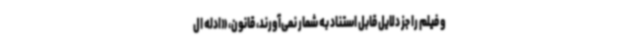
و فیلم را جز دلایل قابل استناد به شمار نمی‌آورند، قانون، «ادله ال